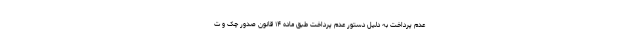
عدم پرداخت به دلیل دستور عدم پرداخت طبق ماده ۱۴ قانون صدور چک و ت